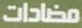
مضادات